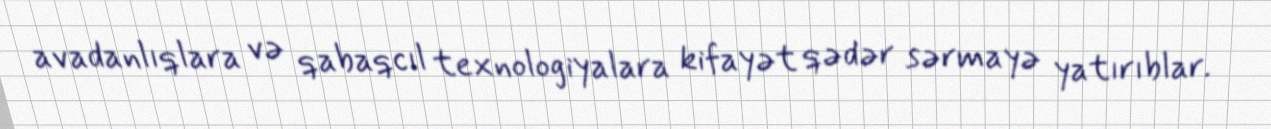
avadanlıqlara və qabaqcıl texnologiyalara kifayət qədər sərmayə yatırıblar.